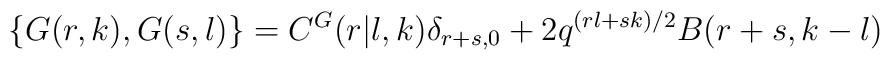
\hskip -130pt\{G(r,k),G(s,l)\}=  C^G(r\vert l,k)\delta_{r+s,0} + 2q^{(rl+sk)/2}B(r+s,k-l)